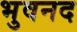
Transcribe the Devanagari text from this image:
भुवनद